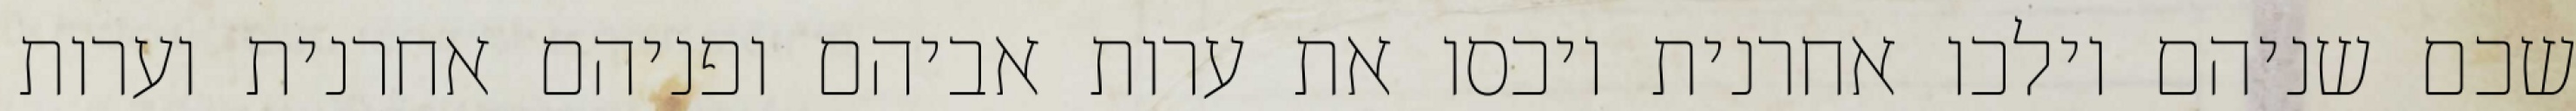
שכם שניהם וילכו אחרנית ויכסו את ערות אביהם ופניהם אחרנית וערות